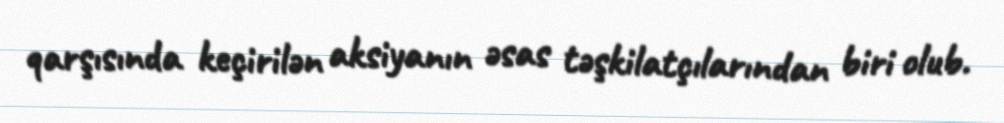
qarşısında keçirilən aksiyanın əsas təşkilatçılarından biri olub.